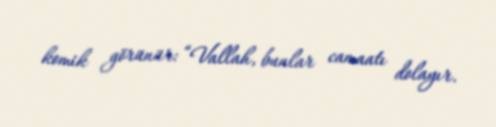
komik görünür: “Vallah, bunlar camaatı dolayır.